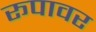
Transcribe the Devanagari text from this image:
रूपावर